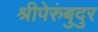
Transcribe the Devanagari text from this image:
श्रीपेरुंबुदुर